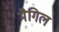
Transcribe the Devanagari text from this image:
मैगिल